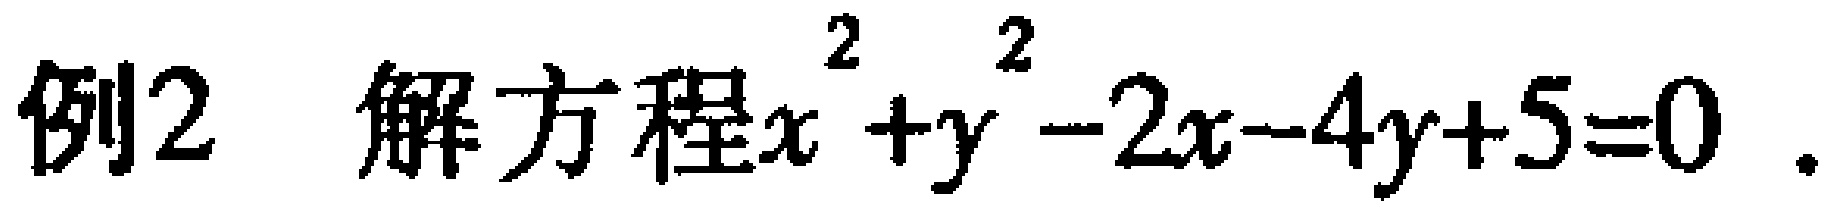
例2 解方程$x^{2}+y^{2}-2x - 4y + 5 = 0$.